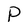
Character: P